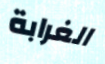
الغرابة